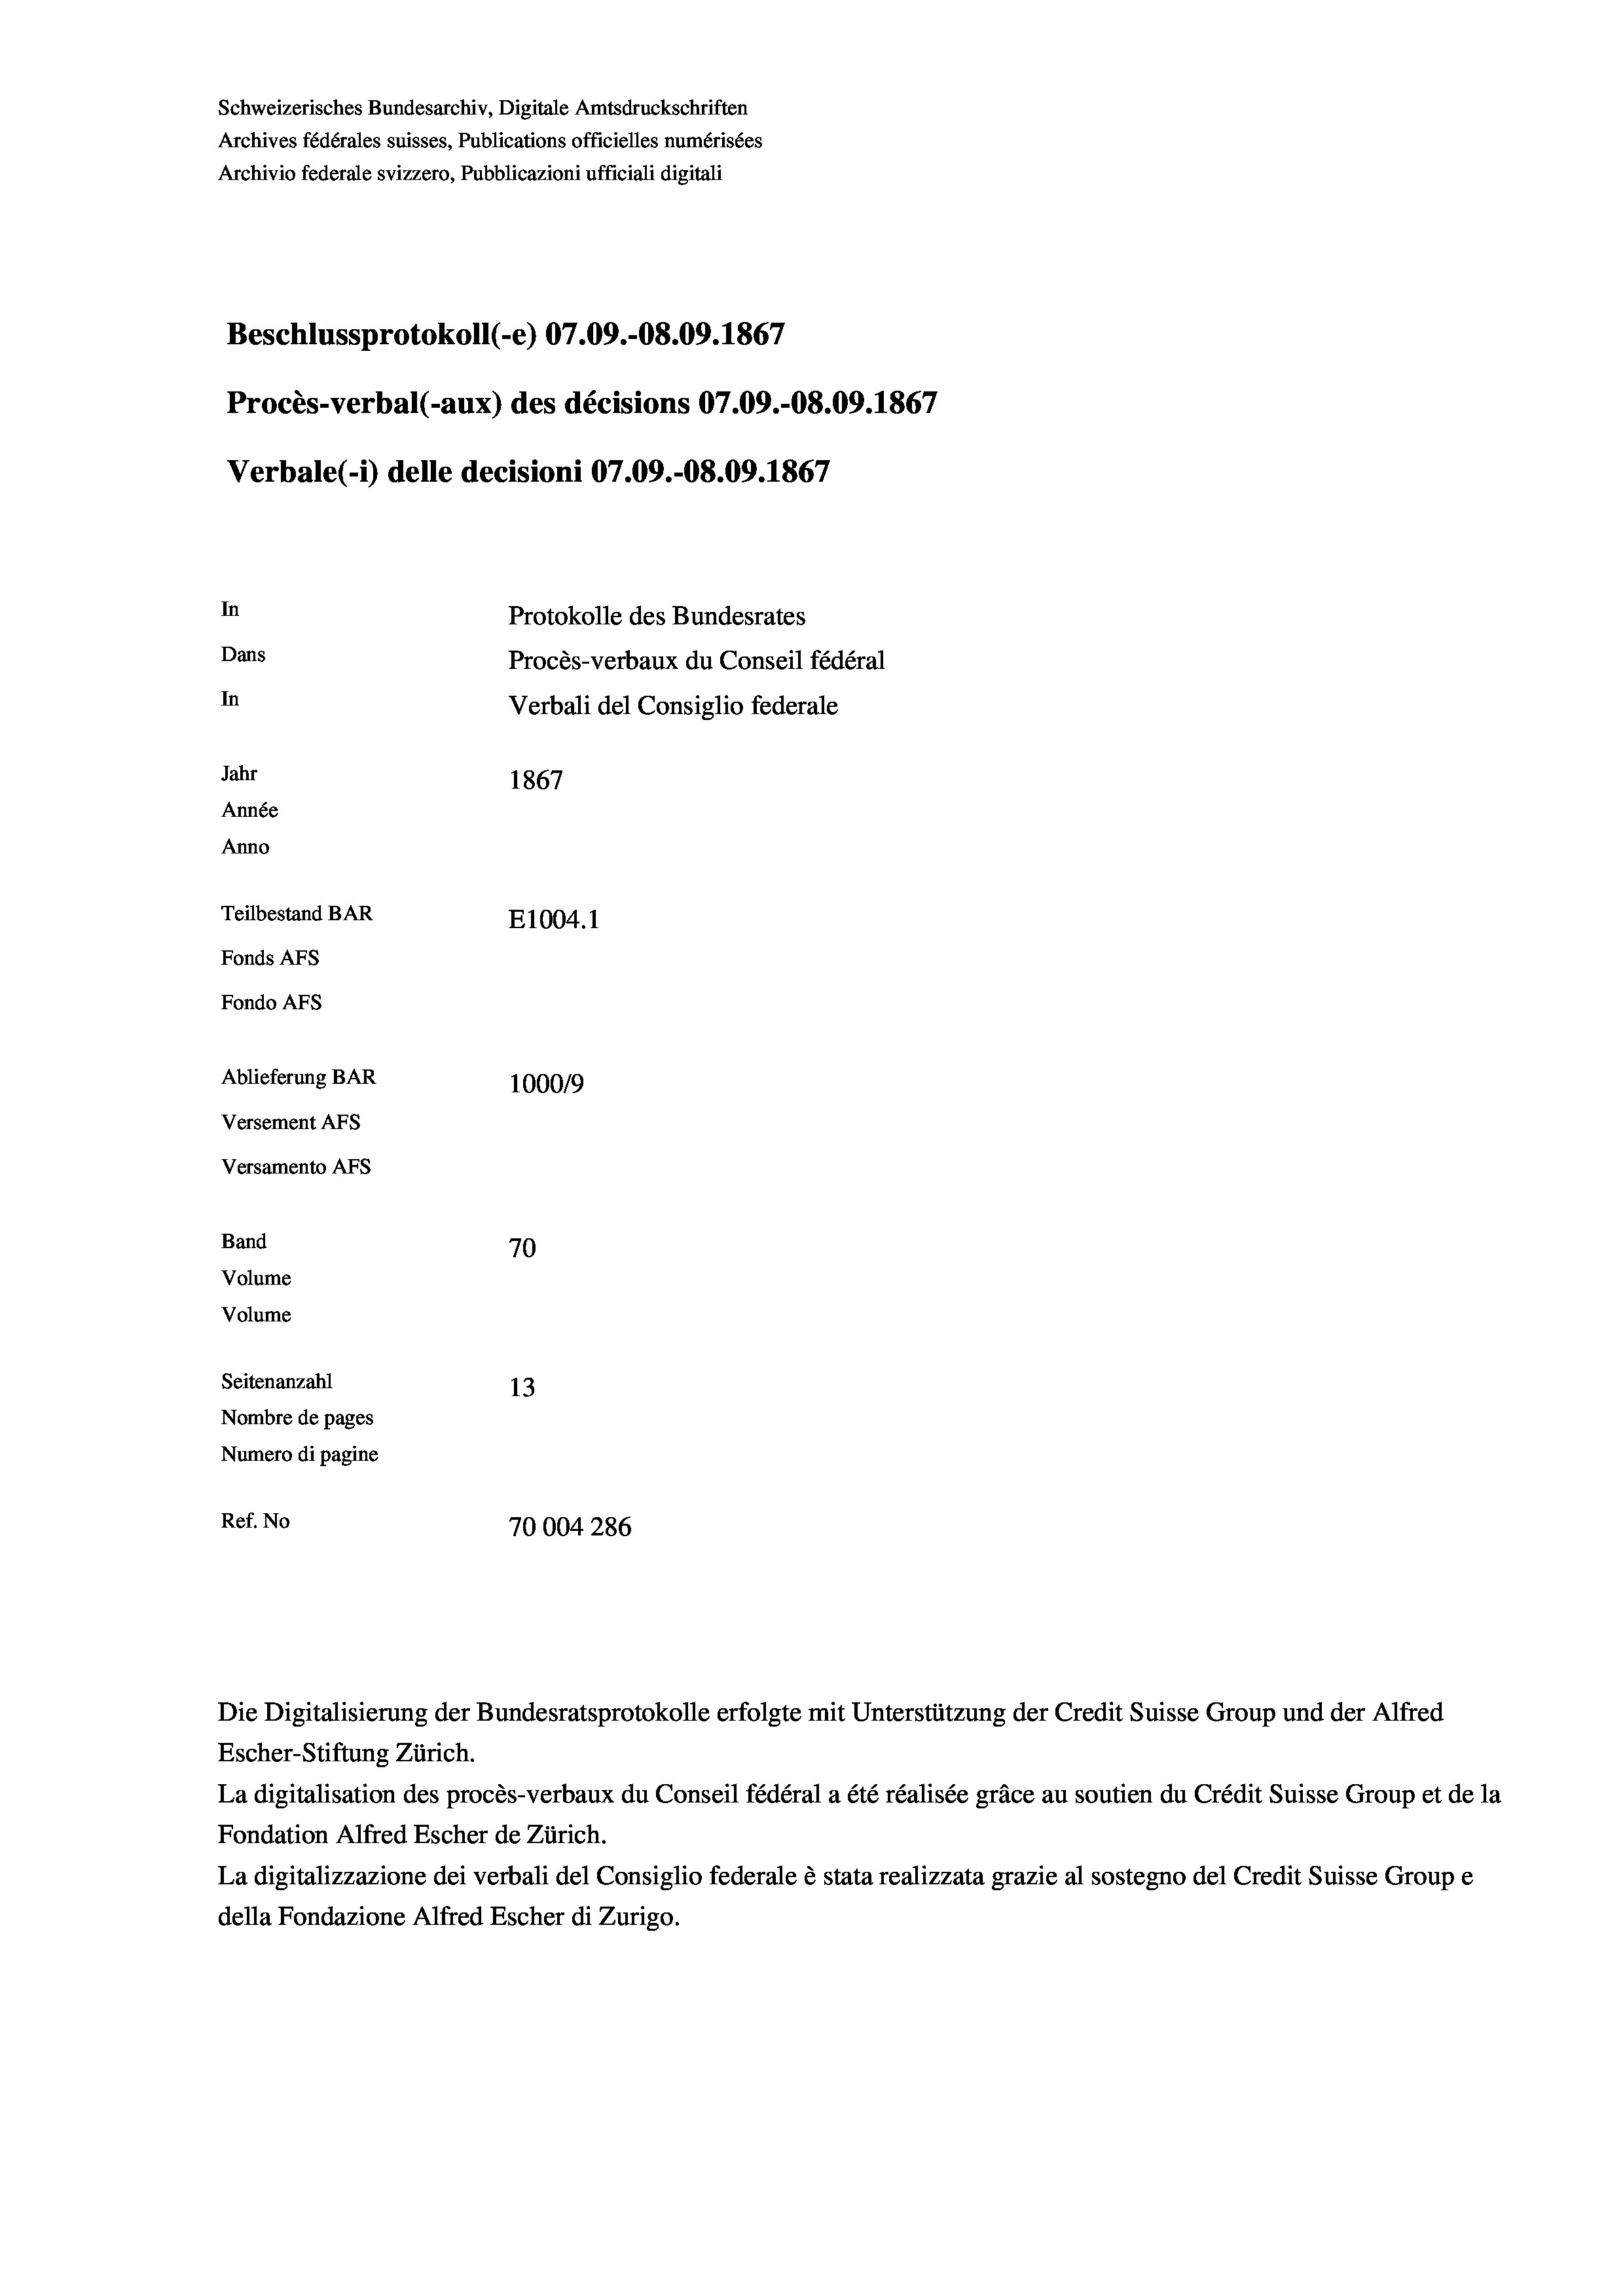
Schweizerisches Bundesarchiv, Digitale Amtsdruckschriften
Archives fédérales suisses, Publications officielles numérisées
Archivio federale svizzero, Pubblicazioni ufficiali digitali
Beschlussprotokoll (-e) 07.09.-O8.09. 1867
Procès-verbal (-aux) des décisions 07.09.-O8.09. 1867
Verbale(-*) delle decisioni 07.09.-08.09. 1867
In
Protokolle des Bundesrates
Dans
Procès-verbaux du Conseil fédéral
In
Verbali del Consiglio federale
Jahr
1867
Année
Anno
Teilbestand BAR
E1004. 1
Fonds AFs
Fondo Afs
Ablieferung BAR
100019
Versement Ans
Versamento Afs
Band
70
Volume
Volume

Seitenanzahl
13
Nombre de pages
Numero di pagine
Ref. No
70004 286

Die Digitalisierung der Bundesratsprotokolle erfolgte mit Unterstützung der Credit Suisse Group und der Alfred

Escher-Stiftung Zürich.
La digitalisation des procès-verbaux du Conseil fédéral a été réalisée gräce au soutien du Crédit Suisse Group et de la
Fondation Alfred Escher de Zürich.
La digitalizzazione dei verbali del Consiglio federale è stata realizzata grazie al sostegno del Credit Suisse Groupe
della Fondazione Alfred Escher di Zurigo.